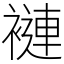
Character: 褳